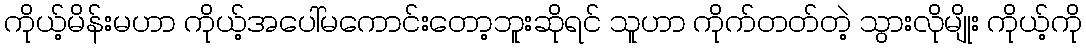
ကိုယ့်မိန်းမဟာ ကိုယ့်အပေါ်မကောင်းတော့ဘူးဆိုရင် သူဟာ ကိုက်တတ်တဲ့ သွားလိုမျိုး ကိုယ့်ကို